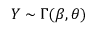
Y \sim \Gamma ( \beta , \theta )